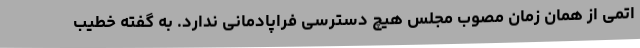
اتمی از همان زمان مصوب مجلس هیچ دسترسی فراپادمانی ندارد. به گفته خطیب